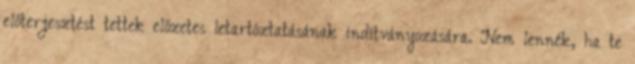
előterjesztést tettek előzetes letartóztatásának indítványozására. Nem lennék, ha te